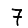
Digit: 7